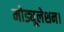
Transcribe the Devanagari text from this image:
मोड्यूलेशन।